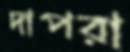
দাপরা